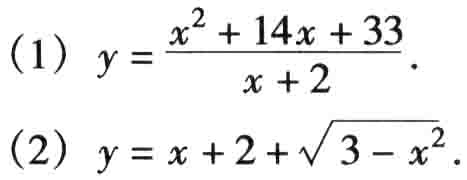
(1) \(y = \frac{x^{2}+14x + 33}{x + 2}\).
(2) \(y = x + 2+\sqrt{3 - x^{2}}\).